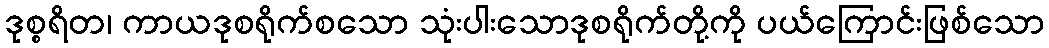
ဒုစ္စရိတ၊ ကာယဒုစရိုက်စသော သုံးပါးသောဒုစရိုက်တို့ကို ပယ်ကြောင်းဖြစ်သော